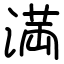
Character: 満